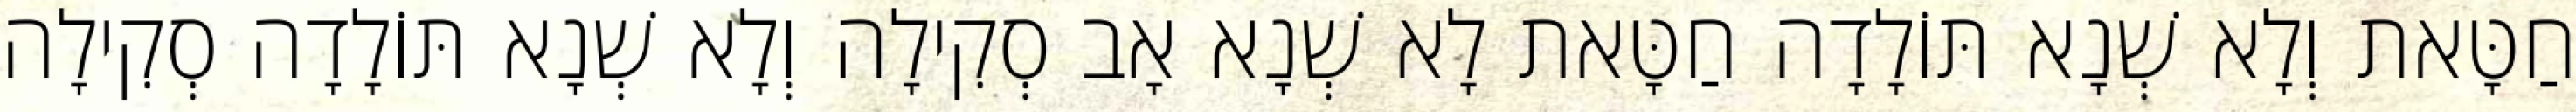
חַטָּאת וְלָא שְׁנָא תּוֹלָדָה חַטָּאת לָא שְׁנָא אָב סְקִילָה וְלָא שְׁנָא תּוֹלָדָה סְקִילָה